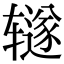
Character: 𫟦